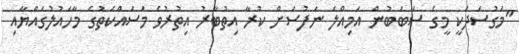
"މަގުސަދަކީ މީގެ ސަބަބުން އަމިއްލަ ނަފުސަށް ކުރާ އިތުބާރު އިތުރުވެ މަސައްކަތުގެ މާހައުލުގައްޔާއި